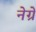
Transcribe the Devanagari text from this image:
नेग्रे